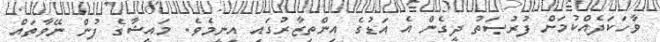
ވާހަކަދެއްކުމަށް ފުރުޞަތު ދީގެން އެ އަޑުގެ އިންތިޒާރުގައި އިނީމެވެ. މައީޝާގެ ފުން ނޭވާތައް